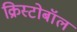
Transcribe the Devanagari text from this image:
क्रिस्टोबॉल